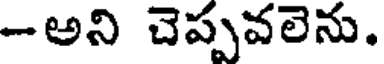
-అని చెప్పవలెను.